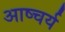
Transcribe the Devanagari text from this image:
आष्चर्य